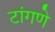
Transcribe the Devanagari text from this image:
टांगणे